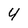
Character: 4